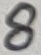
Text: 8